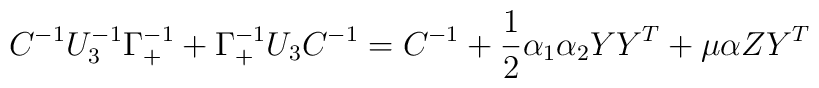
C^{-1} U_3^{-1} \Gamma_+^{-1} + \Gamma_+^{-1} U_3 C^{-1} = C^{-1}+ {1\over2} \alpha_1 \alpha_2 Y Y^T + \mu \alpha Z Y^T